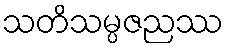
သတိသမ္ပဇညဿ